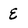
Character: E